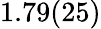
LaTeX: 1.79(25)